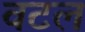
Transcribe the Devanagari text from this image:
वटल